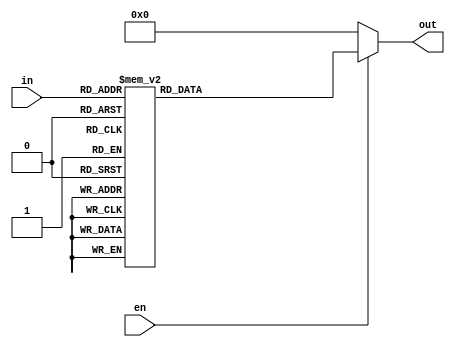
module decoder8en (input [2:0] in, input en, output reg [7:0] out);
always @ (*)
  if (en)
    case (in)
      3'b000: out = 8'b00000001;
      3'b001: out = 8'b00000010;
      3'b010: out = 8'b00000100;
      3'b011: out = 8'b00001000;
      3'b100: out = 8'b00010000;
      3'b101: out = 8'b00100000;
      3'b110: out = 8'b01000000;
      3'b111: out = 8'b10000000;
    endcase
  else
    out = 8'b00000000;
endmodule